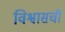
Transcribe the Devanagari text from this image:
विश्वासची